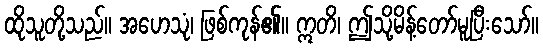
ထိုသူတို့သည်။ အဟေသုံ၊ ဖြစ်ကုန်၏။ ဣတိ၊ ဤသို့မိန့်တော်မူပြီးသော်။